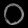
Digit: ၀